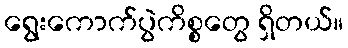
ရွေးကောက်ပွဲကိစ္စတွေ ရှိတယ်။